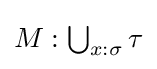
{\textstyle M:\bigcup _{x:\sigma }\tau }